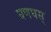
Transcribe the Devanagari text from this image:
घणघस्